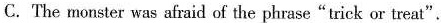
C.The monster was afraid of the phrase"trick or treat".